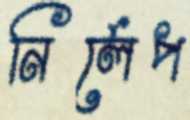
নির্লেপ